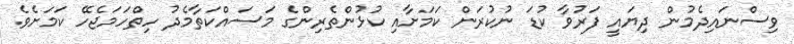
ވިސްނައިދެމުން ދިޔައީ ފަރުވާ ކުޑަ ނުކުރަން ކަމަށާއި ކުޅުންތެރިންގެ މަސައްކަތާމެދު ހިތްހަމަޖެހޭ ކަމަށެވެ.